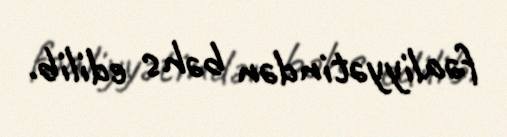
fəaliyyətindən bəhs edilib.